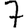
Digit: 7